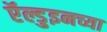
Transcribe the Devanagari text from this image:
ऍल्डुइनच्या